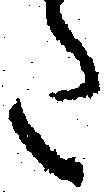
た